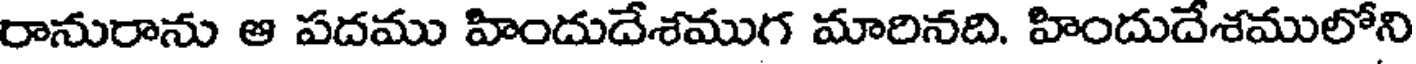
రానురాను ఆ పదము హిందుదేశముగ మారినది. హిందుదేశములోని